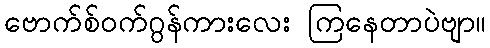
ဗောက်စ်ဝက်ဂွန်ကားလေး ကြနေတာပဲဗျာ။